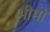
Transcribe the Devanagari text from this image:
भीमो